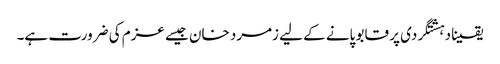
یقینا دہشتگردی پر قابو پانے کے لیے زمرد خان جیسے عزم کی ضرورت ہے۔